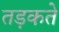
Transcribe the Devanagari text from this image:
तड़कते